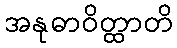
အနုဓာဝိတ္ထာတိ